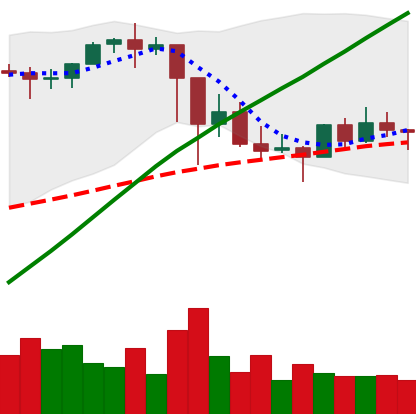
Ticker: ETH-USD
Chart end date: 2021-03-05
Forward return: 17.341%
Label: up_7plus